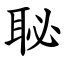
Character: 䎵